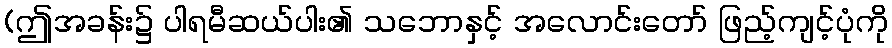
(ဤအခန်း၌ ပါရမီဆယ်ပါး၏ သဘောနှင့် အလောင်းတော် ဖြည့်ကျင့်ပုံကို